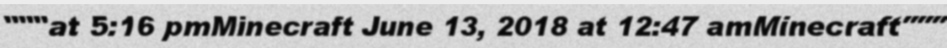
"""at 5:16 pmMinecraft June 13, 2018 at 12:47 amMinecraft"""